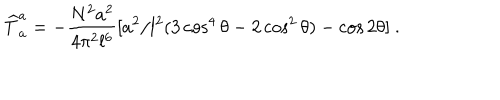
LaTeX: { \widehat T } _ { a } ^ { a } = - { \frac { N ^ { 2 } a ^ { 2 } } { 4 \pi ^ { 2 } l ^ { 6 } } } [ a ^ { 2 } / l ^ { 2 } ( 3 \cos ^ { 4 } { \theta } - 2 \cos ^ { 2 } { \theta } ) - \cos { 2 \theta } ] \ .